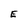
Character: E